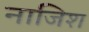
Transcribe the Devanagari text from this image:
नाजिश